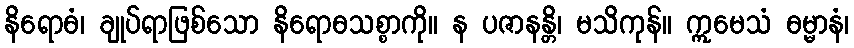
နိရောဓံ၊ ချုပ်ရာဖြစ်သော နိရောဓသစ္စာကို။ န ပဇာနန္တိ၊ မသိကုန်။ ဣမေသံ ဓမ္မာနံ၊